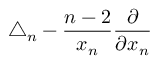
\triangle _ { n } - { \frac { n - 2 } { x _ { n } } } { \frac { \partial } { \partial x _ { n } } }